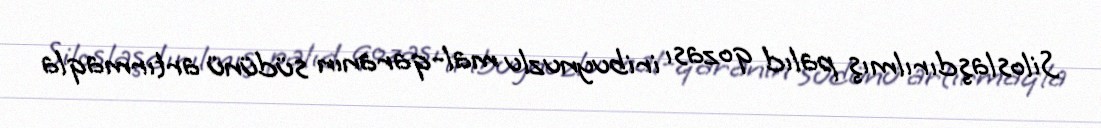
Siloslaşdırılmış palıd qozası iribuynuzlu mal-qaranın südünü artırmaqla